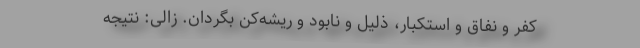
کفر و نفاق و استکبار، ذلیل و نابود و ریشه‌کن بگردان. زالی: نتیجه